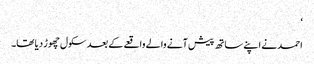
‘
احمد نے اپنے ساتھ پیش آنے والے واقعے کے بعد سکول چھوڑ دیا تھا۔